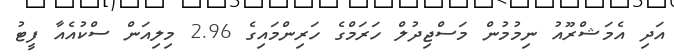
އަދި އެމަޝްރޫއު ނިމުމުން މަސްޖިދުލް ހަރަމްގެ ހަރިންމައިގެ 2.96 މިލިއަން ސްކުއެއާ ފީޓު